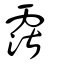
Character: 霮